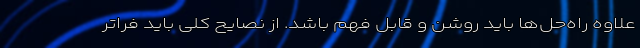
علاوه راه‌حل‌ها باید روشن و قابل فهم باشد. از نصایح کلی باید فراتر